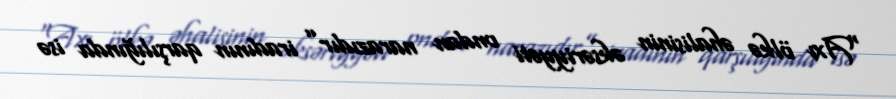
“Axı ölkə əhalisinin əksəriyyəti ondan narazıdır” iradının qarşılığında isə